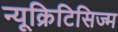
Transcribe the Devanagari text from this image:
न्यूक्रिटिसिज्म